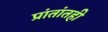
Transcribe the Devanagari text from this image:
प्रांतांतही